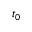
t _ { 0 }